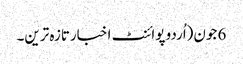
6 جون(اُردو پوائنٹ اخبارتازہ ترین۔